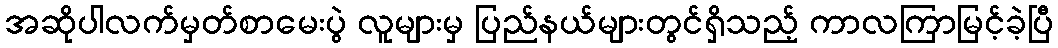
အဆိုပါလက်မှတ်စာမေးပွဲ လူများမှ ပြည်နယ်များတွင်ရှိသည့် ကာလကြာမြင့်ခဲ့ပြီ